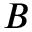
B